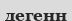
дегенн